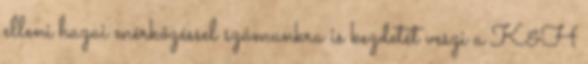
elleni hazai mérkőzéssel számunkra is kezdetét veszi a K&H